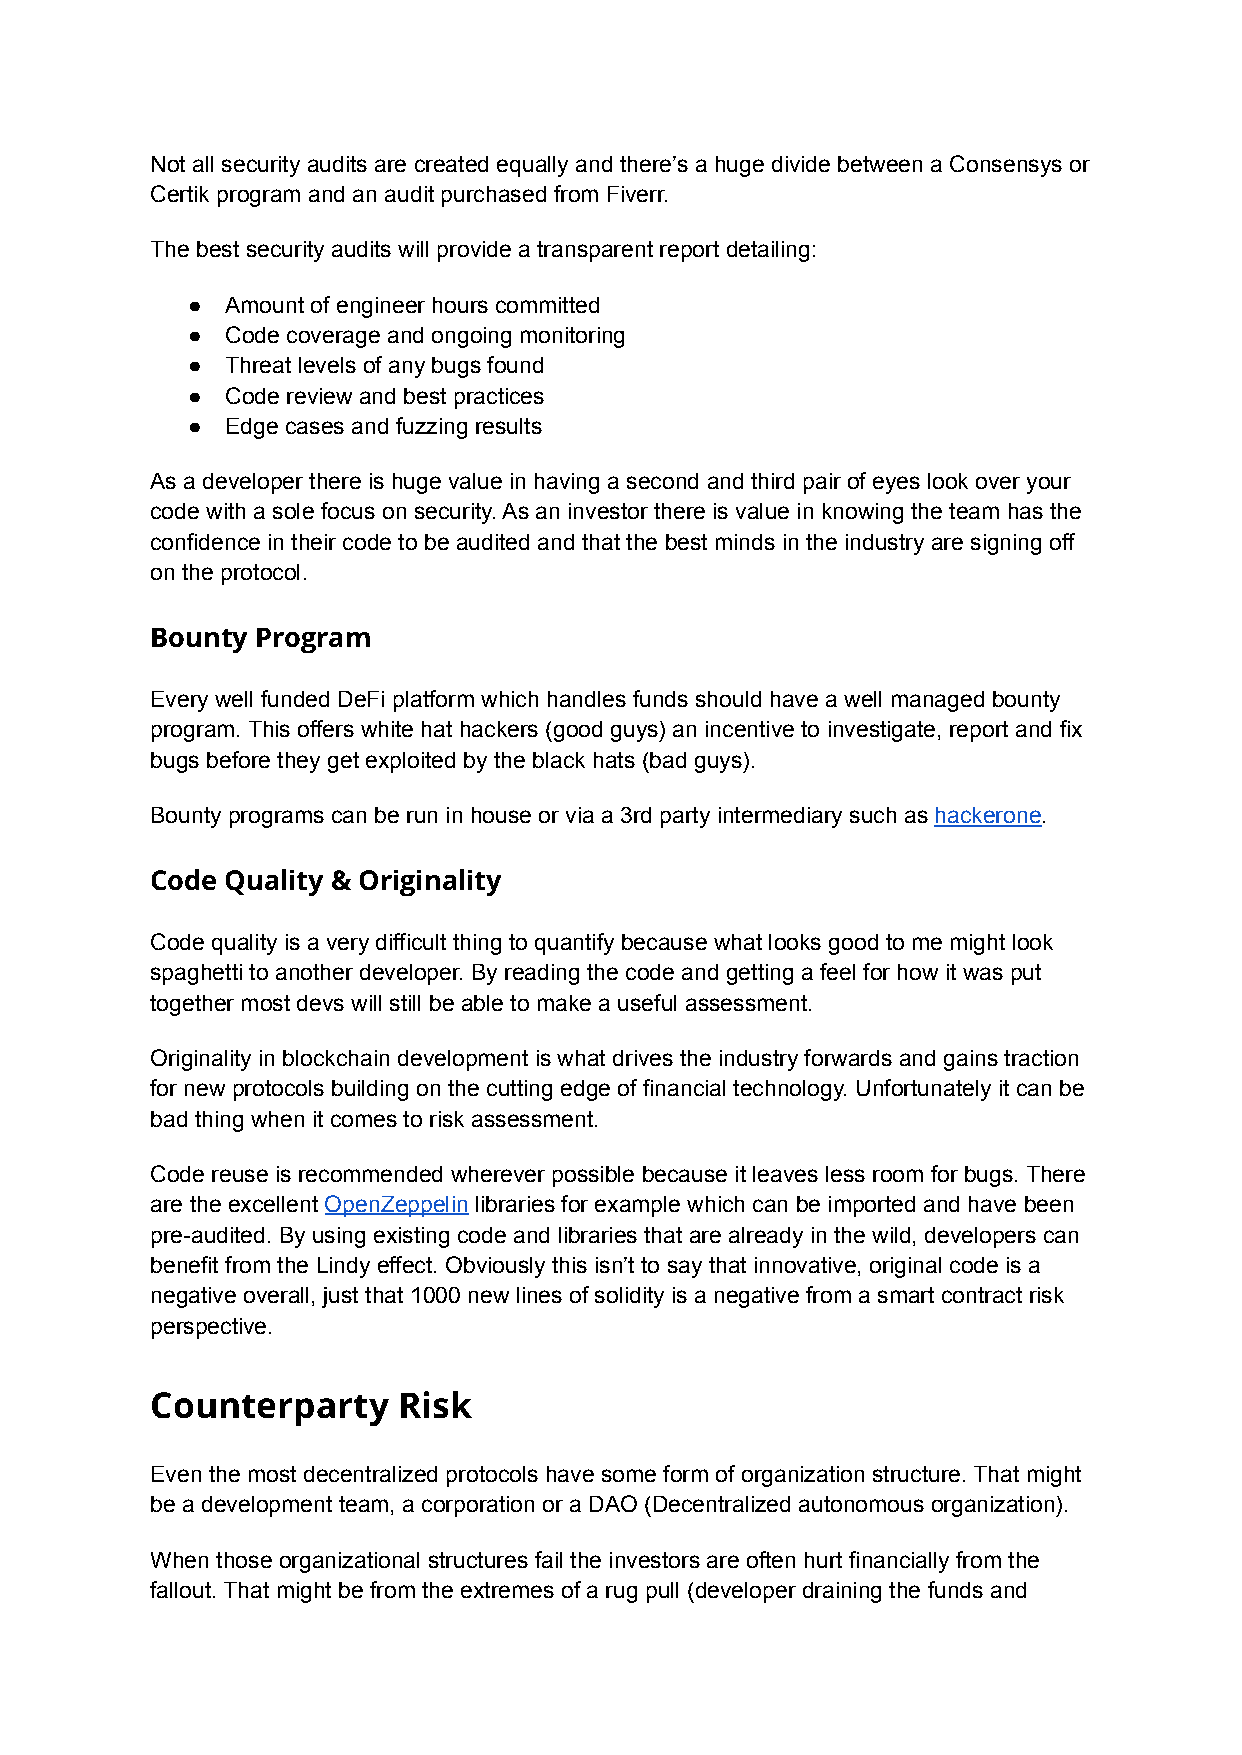
Not all security audits are created equally and there’s a huge divide between a Consensys or
 Certik program and an audit purchased from Fiverr.
 The best security audits will provide a transparent report detailing:
 ●  Amount of engineer hours committed
 ●  Code coverage and ongoing monitoring
 ●  Threat levels of any bugs found
 ●  Code review and best practices
 ●  Edge cases and fuzzing results
 As a developer there is huge value in having a second and third pair of eyes look over your
 code with a sole focus on security. As an investor there is value in knowing the team has the
 confidence in their code to be audited and that the best minds in the industry are signing off
 on the protocol.
 Bounty Program
 Every well funded DeFi platform which handles funds should have a well managed bounty
 program. This offers white hat hackers (good guys) an incentive to investigate, report and fix
 bugs before they get exploited by the black hats (bad guys).
 Bounty programs can be run in house or via a 3rd party intermediary such as hackerone.
 Code Quality & Originality
 Code quality is a very difficult thing to quantify because what looks good to me might look
 spaghetti to another developer. By reading the code and getting a feel for how it was put
 together most devs will still be able to make a useful assessment.
 Originality in blockchain development is what drives the industry forwards and gains traction
 for new protocols building on the cutting edge of financial technology. Unfortunately it can be
 bad thing when it comes to risk assessment.
 Code reuse is recommended wherever possible because it leaves less room for bugs. There
 are the excellent OpenZeppelin libraries for example which can be imported and have been
 pre-audited. By using existing code and libraries that are already in the wild, developers can
 benefit from the Lindy effect. Obviously this isn’t to say that innovative, original code is a
 negative overall, just that 1000 new lines of solidity is a negative from a smart contract risk
 perspective.
 Counterparty    Risk
 Even the most decentralized protocols have some form of organization structure. That might
 be a development team, a corporation or a DAO (Decentralized autonomous organization).
 When those organizational structures fail the investors are often hurt financially from the
 fallout. That might be from the extremes of a rug pull (developer draining the funds and